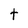
Character: t